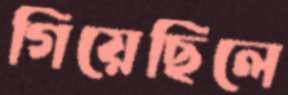
গিয়েছিলে